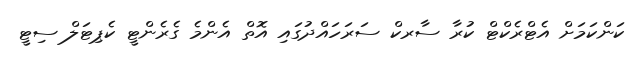
ކަންކަމަށް އެޓްރެކްޓް ކުރާ ސާރކް ސަރަހައްދުގައި އޮތް އެންމެ ގެރެންޓީ ކެޕިޓަލް ސިޓީ